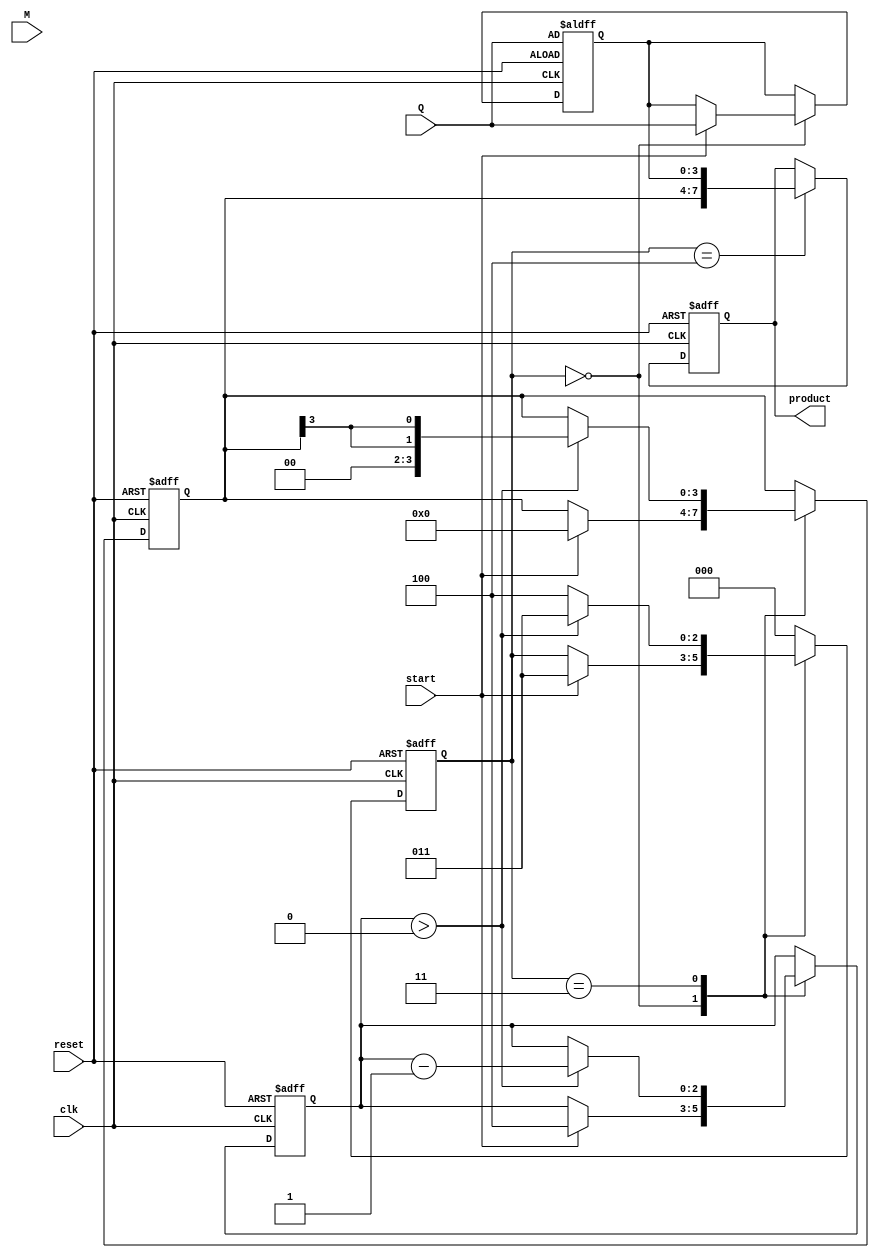
module booth_multiplier #(parameter N = 4) (
    input wire [N-1:0] M,        // Multiplicand
    input wire [N-1:0] Q,        // Multiplier
    input wire start,             // Control signal to start multiplication
    input wire clk,               // Clock signal
    input wire reset,             // Reset signal
    output reg [2*N-1:0] product  // Output product
);

    reg [N-1:0] A;               // Accumulator
    reg [N-1:0] Q_reg;           // Q Register
    reg Q_1;                     // Q-1 Register
    reg [2:0] state;             // State for FSM
    reg [2:0] count;             // Count for n iterations

    // State Encoding
    localparam IDLE = 3'b000,
               ADD = 3'b001,
               SUB = 3'b010,
               SHIFT = 3'b011,
               DONE = 3'b100;

    // ALU operations
    wire [N-1:0] sum;
    wire [N-1:0] diff;
    assign sum = A + M;         // A + M
    assign diff = A - M;        // A - M

    // Sequential Logic
    always @(posedge clk or posedge reset) begin
        if (reset) begin
            A <= 0;
            Q_reg <= Q;
            Q_1 <= 0;
            product <= 0;
            state <= IDLE;
            count <= 0;
        end else begin
            case (state)
                IDLE: begin
                    if (start) begin
                        A <= 0;
                        Q_reg <= Q;
                        Q_1 <= 0;
                        count <= N;  // Set count to n
                        state <= SHIFT;
                    end
                end

                SHIFT: begin
                    if (count > 0) begin
                        if (Q_reg[0] == 1'b1 && Q_1 == 1'b0) begin
                            // Perform A = A + M
                            A <= sum;
                            state <= SHIFT;  // Stay in shift state
                        end else if (Q_reg[0] == 1'b0 && Q_1 == 1'b1) begin
                            // Perform A = A - M
                            A <= diff;
                            state <= SHIFT;  // Stay in shift state
                        end else begin
                            // Do nothing
                            state <= SHIFT;  // Stay in shift state
                        end
                        // Perform right arithmetic shift
                        {A, Q_reg} <= {A[N-1], A[N-1:N-1], Q_reg[N-1:1], Q_reg[0]}; // Shift A and Q
                        Q_1 <= Q_reg[0];  // Update Q-1
                        count <= count - 1;  // Decrement count
                    end else begin
                        state <= DONE; // Move to DONE state
                    end
                end

                DONE: begin
                    product <= {A, Q_reg};  // Combine A and Q for final product
                    state <= IDLE;  // Reset to IDLE
                end

                default: state <= IDLE; // Default case
            endcase
        end
    end
endmodule